Report on sanitation, dispensaries, and jails in Rajputana for 1917, and on vaccination for the year 1917-1918 - 1917-1918
Year: 1917
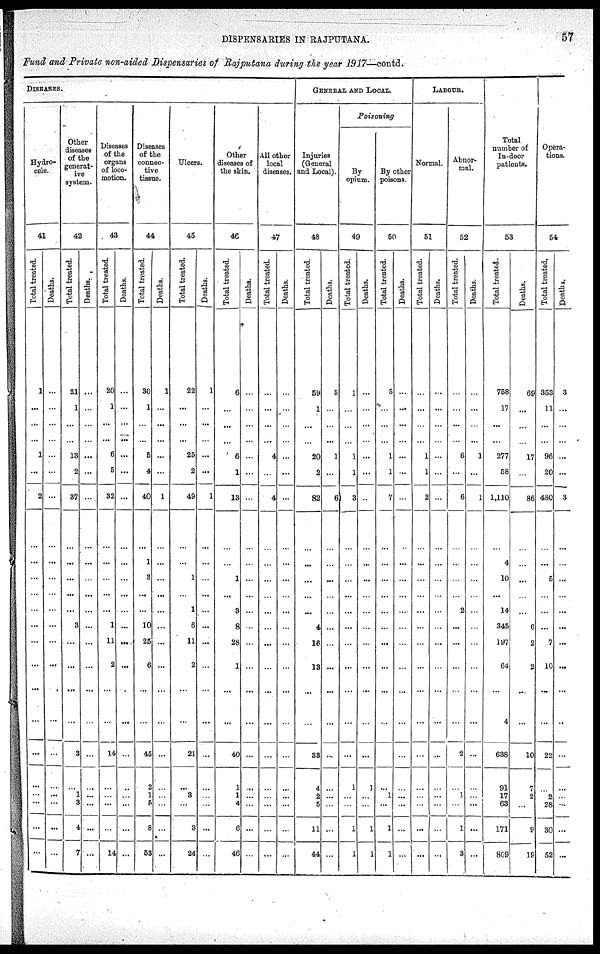
DISPENSARIES IN RAJPUTANA.
57
Fund and Private non-aided Dispensaries of Rajputana during the year 1917—contd.
DISEASES.
Hydro-
cele.
41
Total treated.
1
...
...
...
1
...
2
...
...
...
...
...
...
...
...
...
...
...
...
...
...
...
...
Deaths.
...
...
...
...
...
...
...
...
...
...
...
...
...
...
...
...
...
...
...
...
...
...
...
Other
diseases
of the
generat-
ive
system.
42
Total treated.
21
1
...
...
13
2
37
...
...
...
...
...
3
...
...
...
...
3
...
1
3
4
7
Deaths.
...
...
...
...
...
...
...
...
...
...
...
...
...
...
...
...
...
...
...
...
...
...
...
Diseases
of the
organs
of loco-
motion.
43
Total treated.
20
1
...
...
6
5
32
...
...
...
...
...
1
11
2
...
...
14
...
...
...
...
14
Deaths.
...
...
...
...
...
...
...
...
...
...
...
...
...
...
...
...
...
...
...
...
...
...
...
Diseases
of the
connec-
tive
tissue.
44
Total treated.
30
1
...
...
5
4
40
...
1
3
...
10
25
6
...
...
45
2
1
5
8
53
Deaths.
1
...
...
...
...
...
1
...
...
...
...
...
...
...
...
...
...
...
...
...
...
...
...
Ulcers.
45
Total treated.
22
...
...
...
25
2
49
...
...
1
...
1
6
11
2
...
...
21
...
3
...
3
24
Deaths.
1
...
...
...
...
...
1
...
...
...
...
...
...
...
...
...
...
...
...
...
...
...
...
Other
diseases of
the skin.
46
Total treated.
6
...
...
...
6
1
13
...
...
1
...
3
8
28
1
...
...
40
1
1
4
6
46
Deaths.
...
...
...
...
...
...
...
...
...
...
...
...
...
...
...
...
...
...
...
...
...
...
...
All other
local
diseases.
47
Total treated.
...
...
...
...
4
...
4
...
...
...
...
...
...
...
...
...
...
...
...
...
...
...
...
Deaths.
...
...
...
...
...
...
...
...
...
...
...
...
...
...
...
...
...
...
...
...
...
...
...
GENERAL AND LOCAL.
Injuries
(General
and Local).
48
Total treated.
59
1
...
...
20
2
82
...
...
...
...
...
4
16
13
...
...
33
4
2
5
11
44
Deaths.
5
...
...
...
1
...
6
...
...
...
...
...
...
...
...
...
...
...
...
...
...
...
...
Poisoning
By
opium.
49
Total treated.
1
...
...
...
1
1
3
...
...
...
...
...
...
...
...
...
...
...
1
...
...
1
1
Deaths.
...
...
...
...
...
...
...
...
...
...
...
...
...
...
...
...
...
...
1
...
...
1
1
By other
poisons.
50
Total treated.
5
...
...
...
1
1
7
...
...
...
...
...
...
...
...
...
...
...
...
1
...
1
1
Deaths.
...
...
...
...
...
...
...
...
...
...
...
...
...
...
...
...
...
...
...
...
...
...
...
LABOUR.
Normal.
51
Total treated.
...
...
...
...
1
1
2
...
...
...
...
...
...
...
...
...
...
...
...
...
...
...
...
Deaths.
...
...
...
...
...
...
...
...
...
...
...
...
...
...
...
...
...
...
...
...
...
...
...
Abnor-
mal.
52
Total treated.
...
...
...
...
6
...
6
...
...
...
...
2
...
...
...
...
...
2
...
1
...
1
3
Deaths.
...
...
...
...
1
...
1
...
...
...
...
...
...
...
...
...
...
...
...
...
...
...
...
Total
number of
In-door
patients.
53
Total treated.
758
17
...
...
277
58
1,110
...
4
10
...
14
345
197
64
...
4
638
91
17
63
171
809
Deaths.
69
...
...
...
17
...
86
...
...
...
...
...
6
2
2
...
...
10
7
2
...
9
19
Opera-
tions.
54
Total treated.
353
11
...
...
96
20
480
...
...
5
...
...
...
7
10
...
...
22
...
2
28
30
52
Deaths.
3
...
...
...
...
...
3
...
...
...
...
...
...
...
...
...
...
...
...
...
...
...